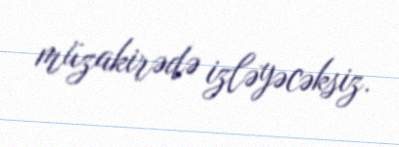
müzakirədə izləyəcəksiz.